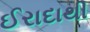
ઈરાદાથી